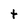
Character: t